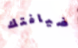
ضيافتك